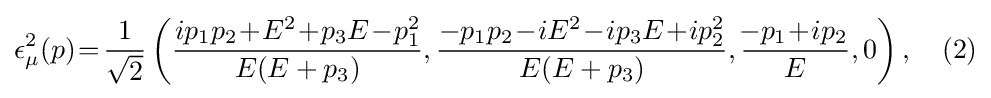
\epsilon _{\mu }^{2}(p)\!=\!{1 \over {\sqrt {2}}}\left({{ip_{1}p_{2}\!+\!E^{2}\!+\!p_{3}E\!-\!p_{1}^{2}} \over {E(E+p_{3})}},{{-p_{1}p_{2}\!-\!iE^{2}\!-\!ip_{3}E\!+\!ip_{2}^{2}} \over {E(E+p_{3})}},{{\!-p_{1}\!+\!ip_{2}} \over E},0\right),\quad (2)